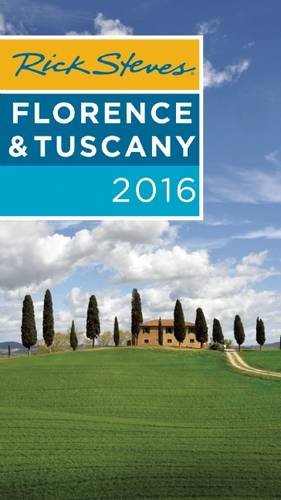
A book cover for Rick Steves Florence & Tuscany 2016; Rick Steves; Travel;